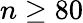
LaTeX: n\geq 80